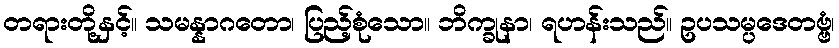
တရားတို့နှင့်။ သမန္နာဂတော၊ ပြည့်စုံသော။ ဘိက္ခုနာ၊ ရဟန်းသည်။ ဥပသမ္ပဒေတဗ္ဗံ၊